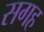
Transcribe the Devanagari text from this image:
सगह